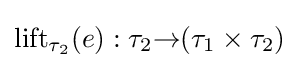
\operatorname {lift} _{\tau _{2}}(e):\tau _{2}{\to }(\tau _{1}\times \tau _{2})